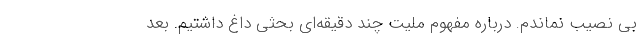
بی نصیب نماندم. درباره مفهوم ملیت چند دقیقه‌ای بحثی داغ داشتیم. بعد